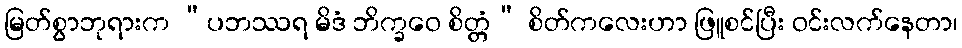
မြတ်စွာဘုရားက “ပဘဿရ မိဒံ ဘိက္ခဝေ စိတ္တံ” စိတ်ကလေးဟာ ဖြူစင်ပြီး ဝင်းလက်နေတာ၊